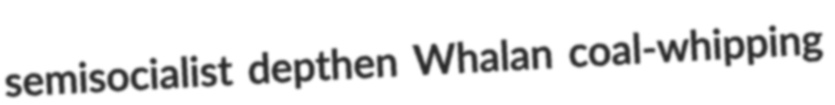
semisocialist depthen Whalan coal-whipping